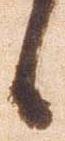
候